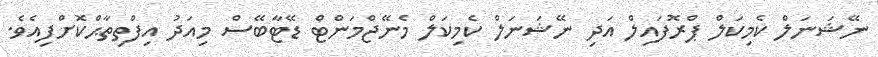
ނޭޝަނަލް ކެމިކަލް ޕްރޮފައިލް އަދި ނޭޝަނަލް ކެމިކަލް މެނޭޖްމަންޓް ޑޭޓާބޭސް މިއަދު އިފްތިތާޙްކޮށްފިއެވެ.